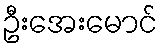
ဦးအေးမောင်